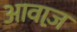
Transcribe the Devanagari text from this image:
आवाज़़